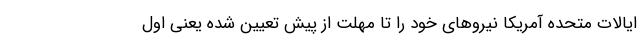
ایالات متحده آمریکا نیروهای خود را تا مهلت از پیش تعیین شده یعنی اول